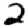
Digit: 2